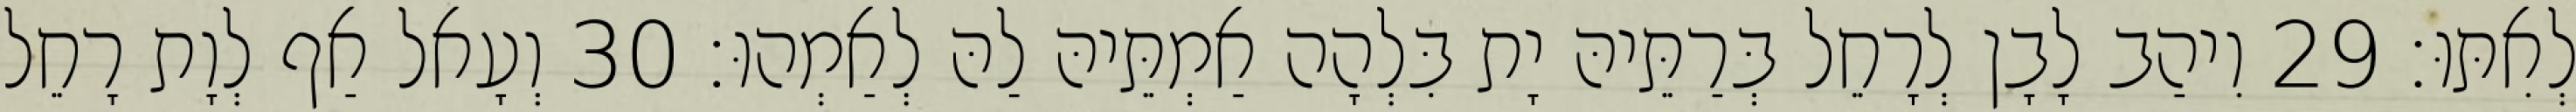
לְאִתּוּ׃ 29 וִיהַב לָבָן לְרָחֵל בְּרַתֵּיהּ יָת בִּלְהָה אַמְתֵּיהּ לַהּ לְאַמְהוּ׃ 30 וְעָאל אַף לְוָת רָחֵל